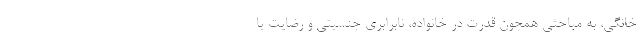
خانگی، به مباحثی همچون قدرت در خانواده، نابرابری جنسیتی و رضایت یا